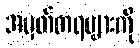
အမှတ်တရများကို